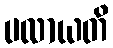
ပလာယတိ